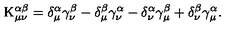
\mathrm { K } _ { \mu \nu } ^ { \alpha \beta } = \delta _ { \mu } ^ { \alpha } \gamma _ { \nu } ^ { \beta } - \delta _ { \mu } ^ { \beta } \gamma _ { \nu } ^ { \alpha } - \delta _ { \nu } ^ { \alpha } \gamma _ { \mu } ^ { \beta } + \delta _ { \nu } ^ { \beta } \gamma _ { \mu } ^ { \alpha } .